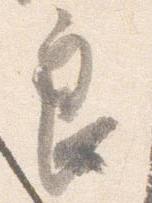
良